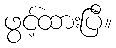
ဖွင့်ထားပြီ။